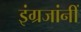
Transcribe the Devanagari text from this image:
इंग्रजांनीं